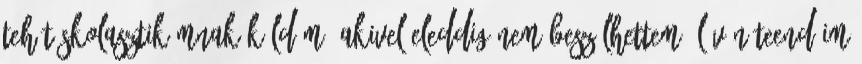
tehát Skolasztikámnak küldöm, akivel eleddig nem beszélhettem, lévén teendőim